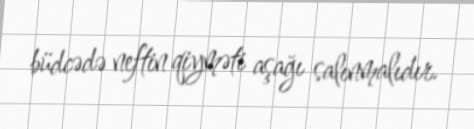
büdcədə neftin qiyməti aşağı salınmalıdır.